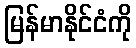
မြန်မာနိုင်ငံကို